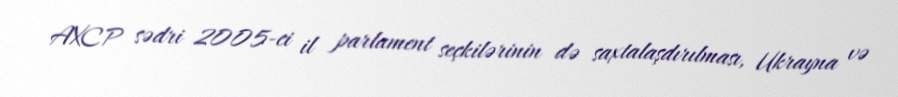
AXCP sədri 2005-ci il parlament seçkilərinin də saxtalaşdırılması, Ukrayna və